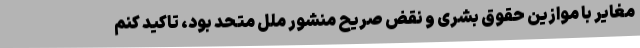
مغایر با موازین حقوق بشری و نقض صریح منشور ملل متحد بود، تاکید کنم